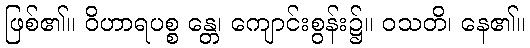
ဖြစ်၏။ ဝိဟာရပစ္စ န္တေ၊ ကျောင်းစွန်း၌။ ဝသတိ၊ နေ၏။